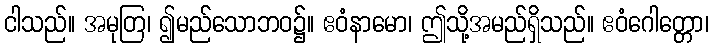
ငါသည်။ အမုတြ၊ ၍မည်သောဘဝ၌။ ဧဝံနာမော၊ ဤသို့အမည်ရှိသည်။ ဧဝံဂေါတ္တော၊